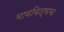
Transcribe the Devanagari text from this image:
भावविश्वच